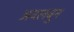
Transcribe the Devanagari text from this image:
अवलबुन